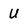
Character: U